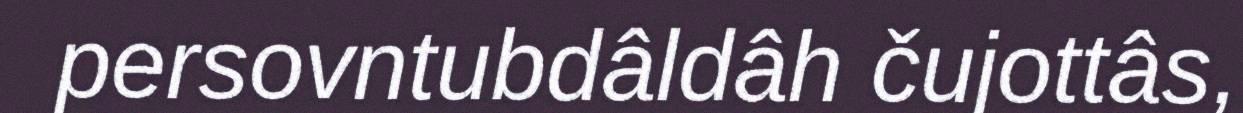
persovntubdâldâh čujottâs,